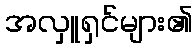
အလှူရှင်များ၏